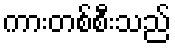
ကားတစ်စီးသည်